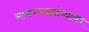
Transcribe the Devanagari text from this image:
भाषणस्वातंत्र्यावर